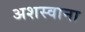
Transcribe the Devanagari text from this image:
अशस्वाना